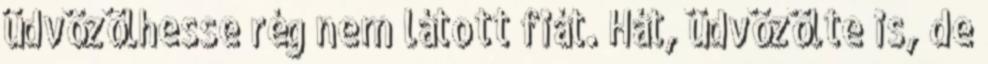
üdvözölhesse rég nem látott fiát. Hát, üdvözölte is, de